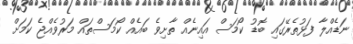
ނަޑެއްލާ ފަޅުތެރޭގައި ބޮޑު ކޯމަސް އައިނެއް ތާށިވެ ބައެއް ކޯމަސްތައް މަރުވެއްޖެ ކަމަށް